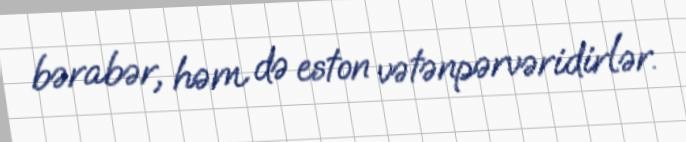
bərabər, həm də eston vətənpərvəridirlər.